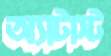
অ্যাটাস্ট